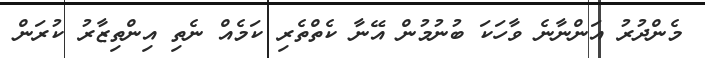
މެންދުރު އަންނާނެ ވާހަކަ ބުނުމުން އޭނާ ކެތްތެރި ކަމެއް ނެތި އިންތިޒާރު ކުރަން